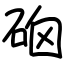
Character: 硇